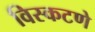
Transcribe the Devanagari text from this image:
विस्कटणे